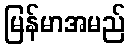
မြန်မာအမည်